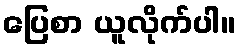
ပြေစာ ယူလိုက်ပါ။